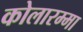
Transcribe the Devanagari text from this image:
कोलारम्मा